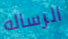
الرساله